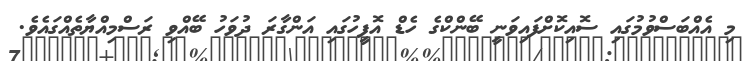
މި އެއްބަސްވުމުގައި ސޮއިކޮށްފައިވަނީ ބޭންކްގެ ހެޑް އޮފީހުގައި އަންގާރަ ދުވަހު ބޭއްވި ރަސްމިއްޔާތެއްގައެވެ.